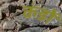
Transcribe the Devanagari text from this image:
कंडों